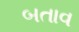
બતાવ